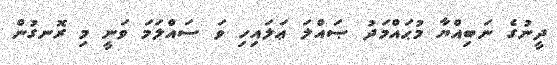
ދީނުގެ ނަބިއްޔާ މުޙައްމަދު ޞައްލަ ޢަލައިހި ވަ ސައްލަމަ ވަނީ މި ރޮނގުން